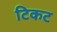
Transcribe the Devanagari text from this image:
टिकट